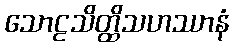
သောဠသိတ္ထိသဟဿာနံ